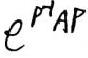
$e^{P^{-1}AP}$